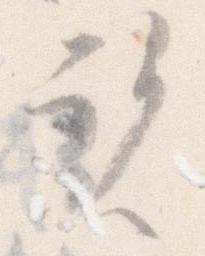
覧